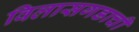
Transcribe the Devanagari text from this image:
विलासगडाची